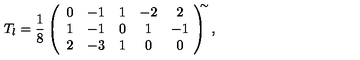
T _ { l } = \frac { 1 } { 8 } \left( \begin{array} { c c c c c } { 0 } & { - 1 } & { 1 } & { - 2 } & { 2 } \\ { 1 } & { - 1 } & { 0 } & { 1 } & { - 1 } \\ { 2 } & { - 3 } & { 1 } & { 0 } & { 0 } \\ \end{array} \! \right) ^ { \! \! \! \sim } ,